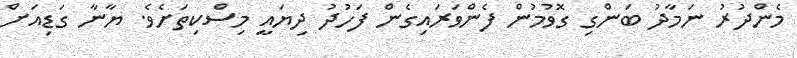
މެންދުރު ނަމާދު ބަންގި ގޮވުމުން ފެންވަރައިގެން ފަހުދު ދިޔައީ މިސްކިތަށެވެ. ޔާނާ ގަޑިއަށް